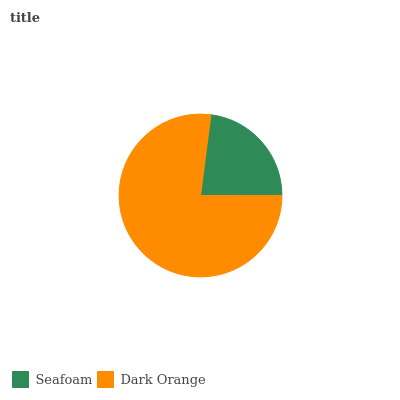
| Seafoam | Dark Orange |
 | --- | --- |
 | 22.9% | 77.1% |